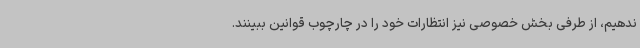
ندهیم، از طرفی بخش خصوصی نیز انتظارات خود را در چارچوب قوانین ببینند.